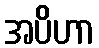
အပိဟာ